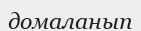
домаланып